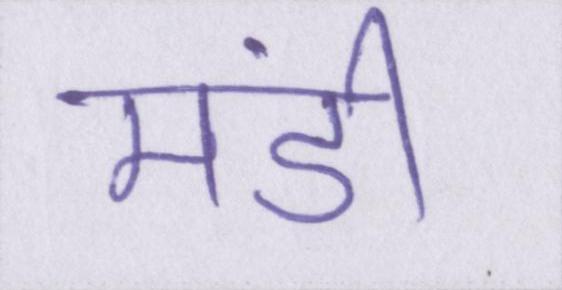
मंडी